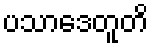
ပသာဒေတူတိ